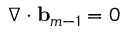
\nabla \cdot \ensuremath { \mathbf { b } } _ { m - 1 } = 0